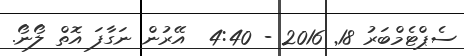
ސެޕްޓެމްބަރު 18